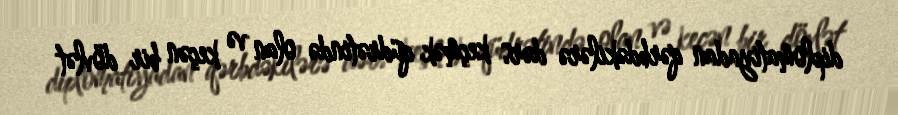
diplomatiyadan qərbdəkilərə dərs keçmək qüdrətində olan və keçən bir dövlət